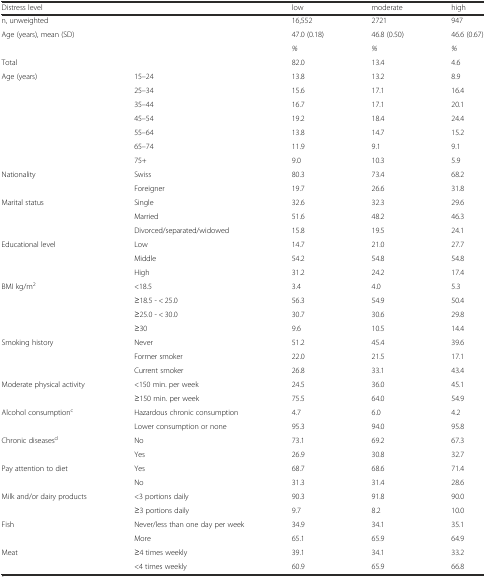
<table><thead><tr><td><b>Distress level</b></td><td></td><td><b>low</b></td><td><b>moderate</b></td><td><b>high</b></td></tr></thead><tbody><tr><td>n, unweighted</td><td></td><td>16,552</td><td>2721</td><td>947</td></tr><tr><td>Age (years), mean (SD)</td><td></td><td>47.0 (0.18)</td><td>46.8 (0.50)</td><td>46.6 (0.67)</td></tr><tr><td></td><td></td><td><i>%</i></td><td><i>%</i></td><td><i>%</i></td></tr><tr><td>Total</td><td></td><td>82.0</td><td>13.4</td><td>4.6</td></tr><tr><td>Age (years)</td><td>15–24</td><td>13.8</td><td>13.2</td><td>8.9</td></tr><tr><td></td><td>25–34</td><td>15.6</td><td>17.1</td><td>16.4</td></tr><tr><td></td><td>35–44</td><td>16.7</td><td>17.1</td><td>20.1</td></tr><tr><td></td><td>45–54</td><td>19.2</td><td>18.4</td><td>24.4</td></tr><tr><td></td><td>55–64</td><td>13.8</td><td>14.7</td><td>15.2</td></tr><tr><td></td><td>65–74</td><td>11.9</td><td>9.1</td><td>9.1</td></tr><tr><td></td><td>75+</td><td>9.0</td><td>10.3</td><td>5.9</td></tr><tr><td>Nationality</td><td>Swiss</td><td>80.3</td><td>73.4</td><td>68.2</td></tr><tr><td></td><td>Foreigner</td><td>19.7</td><td>26.6</td><td>31.8</td></tr><tr><td>Marital status</td><td>Single</td><td>32.6</td><td>32.3</td><td>29.6</td></tr><tr><td></td><td>Married</td><td>51.6</td><td>48.2</td><td>46.3</td></tr><tr><td></td><td>Divorced/separated/widowed</td><td>15.8</td><td>19.5</td><td>24.1</td></tr><tr><td>Educational level</td><td>Low</td><td>14.7</td><td>21.0</td><td>27.7</td></tr><tr><td></td><td>Middle</td><td>54.2</td><td>54.8</td><td>54.8</td></tr><tr><td></td><td>High</td><td>31.2</td><td>24.2</td><td>17.4</td></tr><tr><td>BMI kg/m<sup>2</sup></td><td>&lt;18.5</td><td>3.4</td><td>4.0</td><td>5.3</td></tr><tr><td></td><td>≥18.5 - &lt; 25.0</td><td>56.3</td><td>54.9</td><td>50.4</td></tr><tr><td></td><td>≥25.0 - &lt; 30.0</td><td>30.7</td><td>30.6</td><td>29.8</td></tr><tr><td></td><td>≥30</td><td>9.6</td><td>10.5</td><td>14.4</td></tr><tr><td>Smoking history</td><td>Never</td><td>51.2</td><td>45.4</td><td>39.6</td></tr><tr><td></td><td>Former smoker</td><td>22.0</td><td>21.5</td><td>17.1</td></tr><tr><td></td><td>Current smoker</td><td>26.8</td><td>33.1</td><td>43.4</td></tr><tr><td>Moderate physical activity</td><td>&lt;150 min. per week</td><td>24.5</td><td>36.0</td><td>45.1</td></tr><tr><td></td><td>≥150 min. per week</td><td>75.5</td><td>64.0</td><td>54.9</td></tr><tr><td>Alcohol consumption<sup>c</sup></td><td>Hazardous chronic consumption</td><td>4.7</td><td>6.0</td><td>4.2</td></tr><tr><td></td><td>Lower consumption or none</td><td>95.3</td><td>94.0</td><td>95.8</td></tr><tr><td>Chronic diseases<sup>d</sup></td><td>No</td><td>73.1</td><td>69.2</td><td>67.3</td></tr><tr><td></td><td>Yes</td><td>26.9</td><td>30.8</td><td>32.7</td></tr><tr><td>Pay attention to diet</td><td>Yes</td><td>68.7</td><td>68.6</td><td>71.4</td></tr><tr><td></td><td>No</td><td>31.3</td><td>31.4</td><td>28.6</td></tr><tr><td>Milk and/or dairy products</td><td>&lt;3 portions daily</td><td>90.3</td><td>91.8</td><td>90.0</td></tr><tr><td></td><td>≥3 portions daily</td><td>9.7</td><td>8.2</td><td>10.0</td></tr><tr><td>Fish</td><td>Never/less than one day per week</td><td>34.9</td><td>34.1</td><td>35.1</td></tr><tr><td></td><td>More</td><td>65.1</td><td>65.9</td><td>64.9</td></tr><tr><td>Meat</td><td>≥4 times weekly</td><td>39.1</td><td>34.1</td><td>33.2</td></tr><tr><td></td><td>&lt;4 times weekly</td><td>60.9</td><td>65.9</td><td>66.8</td></tr></tbody></table>